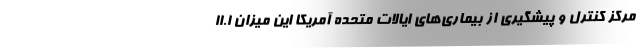
مرکز کنترل و پیشگیری از بیماری‌های ایالات متحده آمریکا این میزان ۱۱.۱